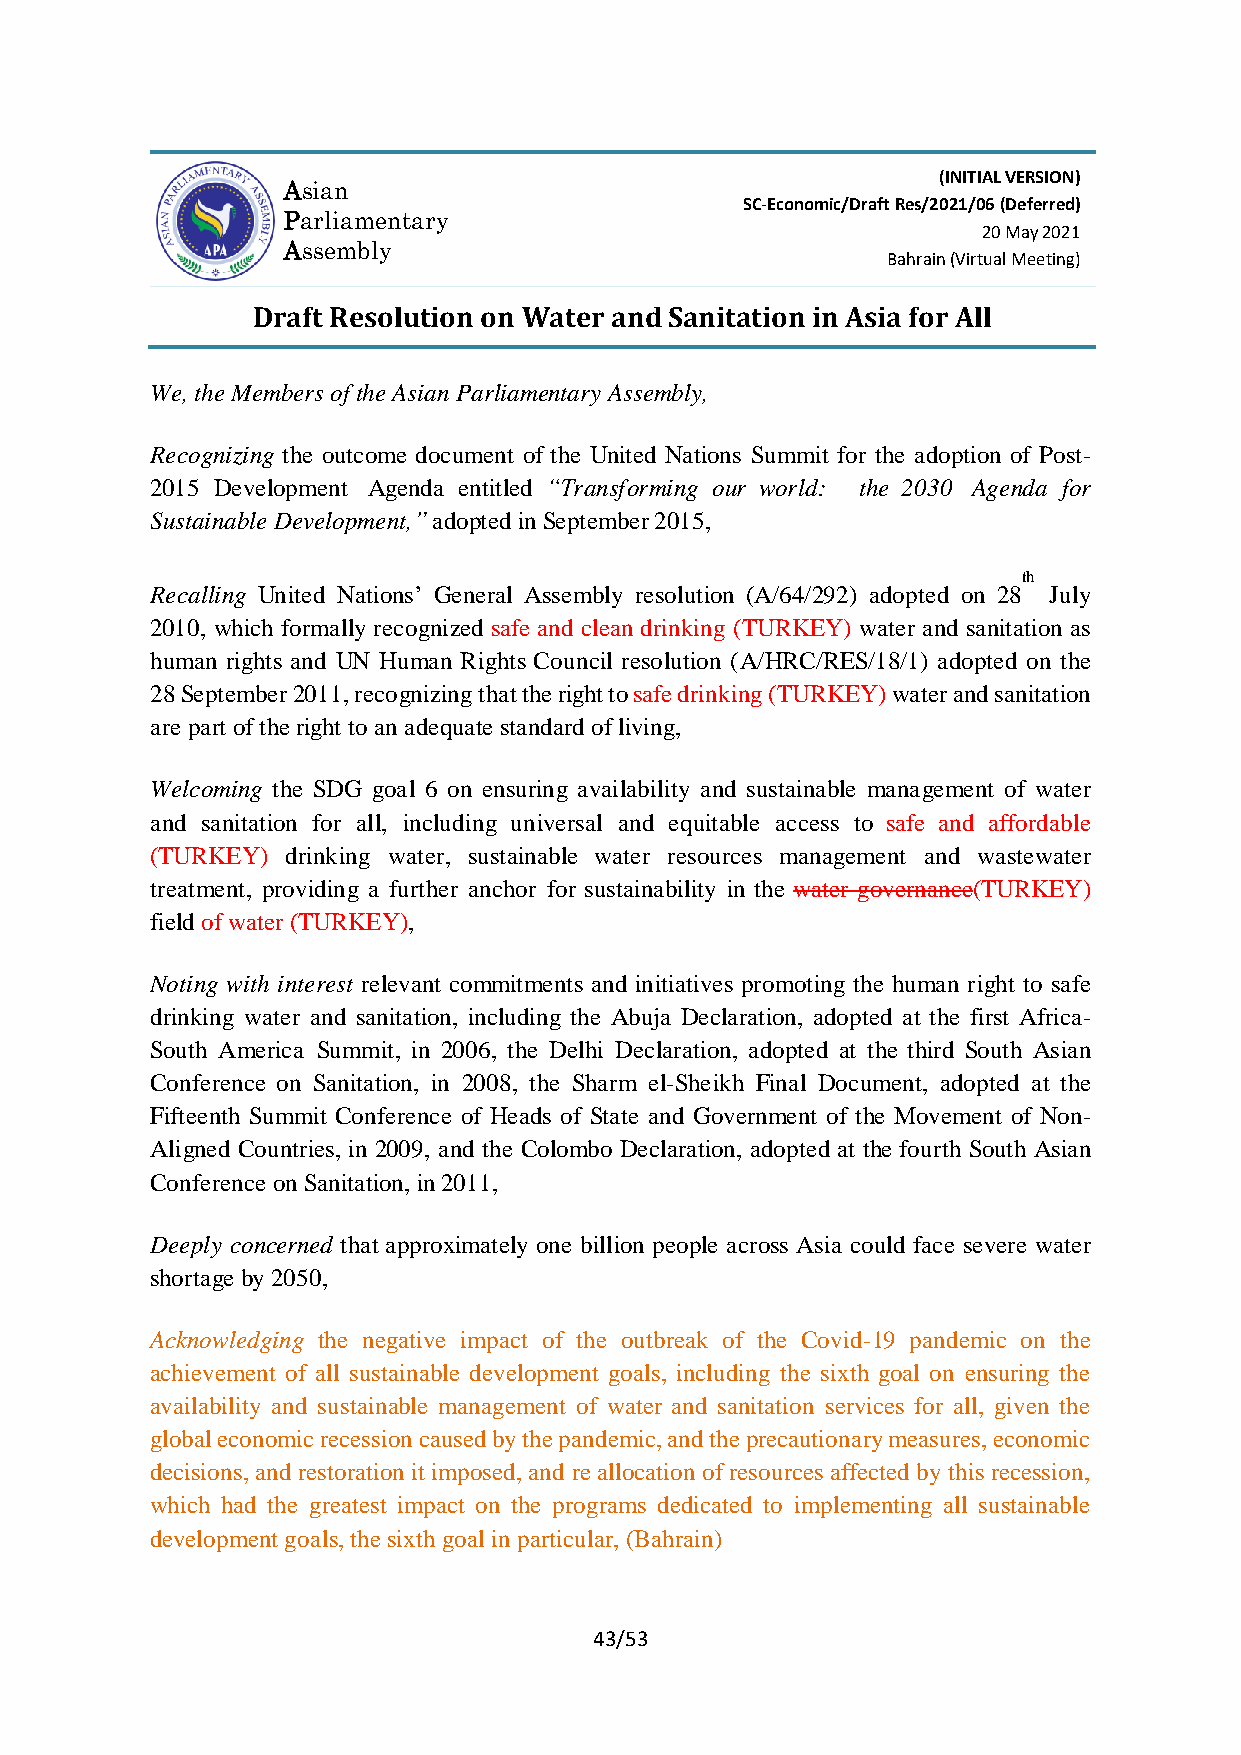
(INITIAL VERSION)
 Asian
 SC-Economic/Draft Res/2021/06 (Deferred)
 Parliamentary
 20 May 2021
 Assembly
 Bahrain (Virtual Meeting)
 Draft Resolution on Water and Sanitation in Asia for All
 We, the Members of the Asian Parliamentary Assembly,
 Recognizing the outcome document of the United Nations Summit for the adoption of Post-
 2015 Development Agenda entitled “Transforming our world: the 2030 Agenda for
 Sustainable Development,” adopted in September 2015,
 th
 Recalling United Nations’ General Assembly resolution (A/64/292) adopted on 28 July
 2010, which formally recognized safe and clean drinking (TURKEY) water and sanitation as
 human rights and UN Human Rights Council resolution (A/HRC/RES/18/1) adopted on the
 28 September 2011, recognizing that the right to safe drinking (TURKEY) water and sanitation
 are part of the right to an adequate standard of living,
 Welcoming the SDG goal 6 on ensuring availability and sustainable management of water
 and sanitation for all, including universal and equitable access to safe and affordable
 (TURKEY) drinking water, sustainable water resources management and wastewater
 treatment, providing a further anchor for sustainability in the water governance(TURKEY)
 field of water (TURKEY),
 Noting with interest relevant commitments and initiatives promoting the human right to safe
 drinking water and sanitation, including the Abuja Declaration, adopted at the first Africa-
 South America Summit, in 2006, the Delhi Declaration, adopted at the third South Asian
 Conference on Sanitation, in 2008, the Sharm el-Sheikh Final Document, adopted at the
 Fifteenth Summit Conference of Heads of State and Government of the Movement of Non-
 Aligned Countries, in 2009, and the Colombo Declaration, adopted at the fourth South Asian
 Conference on Sanitation, in 2011,
 Deeply concerned that approximately one billion people across Asia could face severe water
 shortage by 2050,
 Acknowledging the negative impact of the outbreak of the Covid-19 pandemic on the
 achievement of all sustainable development goals, including the sixth goal on ensuring the
 availability and sustainable management of water and sanitation services for all, given the
 global economic recession caused by the pandemic, and the precautionary measures, economic
 decisions, and restoration it imposed, and re allocation of resources affected by this recession,
 which had the greatest impact on the programs dedicated to implementing all sustainable
 development goals, the sixth goal in particular, (Bahrain)
 43/53